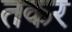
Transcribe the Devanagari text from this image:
तकर